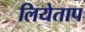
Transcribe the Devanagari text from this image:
लियेताप